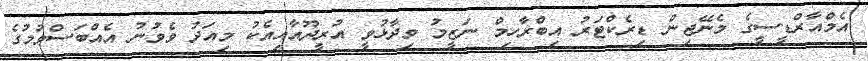
އެމްއާރްޑީސީގެ މެނޭޖިން ޑިރެކްޓަރު އިބްރާހިމް ނަޒީމު ވިދާޅުވީ އުރީދޫއާއިއެކު މިއަދު ވެވުނު އެއްބަސްވުމުގެ